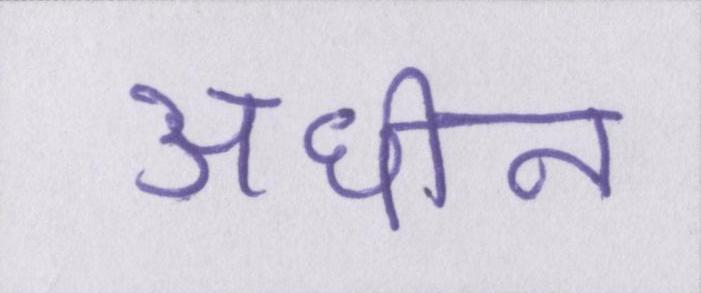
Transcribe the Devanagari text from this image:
अधीन